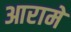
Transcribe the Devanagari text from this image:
आरामे